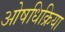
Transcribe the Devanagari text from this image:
ओषधिक्रिया